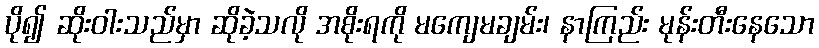
ပို၍ ဆိုးဝါးသည်မှာ ဆိုခဲ့သလို အစိုးရကို မကျေမချမ်း၊ နာကြည်း မုန်းတီးနေသော